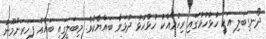
ދޯނގިބަލި އަކީ ހުޅުހުޅުގައި ރިހުމާއެކު ހުޅުހުޅު ދުޅަވާ ބައްޔެކެވެ. މިބަލީގައި ބައެއް ފަހަރަށްމޫނު